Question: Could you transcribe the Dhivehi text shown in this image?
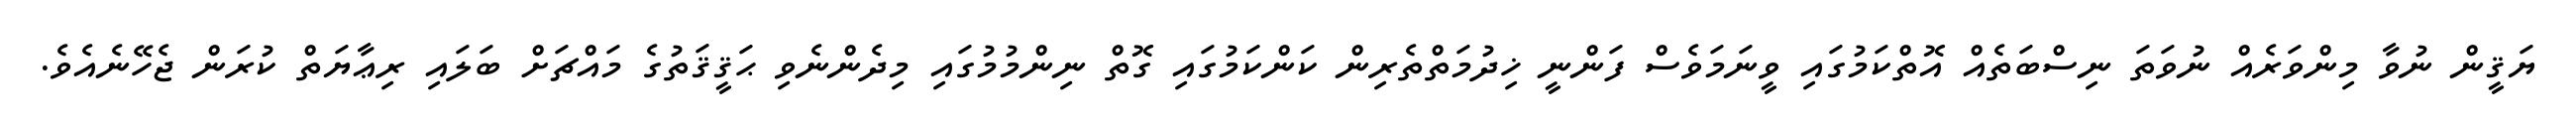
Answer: ޔަޤީން ނުވާ މިންވަރެއް ނުވަތަ ނިސްބަތެއް އޮތްކަމުގައި ވީނަމަވެސް ފަންނީ ޚިދުމަތްތެރިން ކަންކަމުގައި ގޮތް ނިންމުމުގައި މިދެންނެވި ޙަޤީޤަތުގެ މައްޗަށް ބަލައި ރިޢާޔަތް ކުރަން ޖެހޭނެއެވެ.